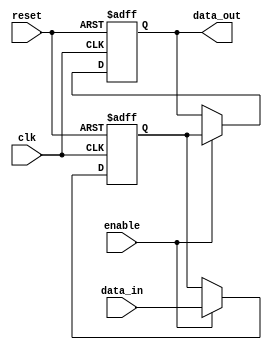
module disable_block (
    input wire clk,           // Clock signal
    input wire reset,         // Asynchronous reset
    input wire enable,        // Control signal to enable/disable the block
    input wire [7:0] data_in, // Input data
    output reg [7:0] data_out // Output data
);

    // Internal state variable
    reg [7:0] internal_state;

    always @(posedge clk or posedge reset) begin
        if (reset) begin
            // Reset internal state and output
            internal_state <= 8'b0;
            data_out <= 8'b0;
        end else if (enable) begin
            // Normal operation when enabled
            internal_state <= data_in;
            data_out <= internal_state; // Output the internal state
        end else begin
            // Disable state: retain the previous output
            data_out <= data_out; // Retain previous output
        end
    end

endmodule